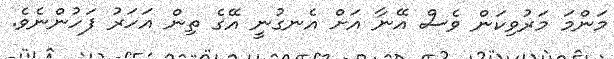
މަންމަ މަރުވިކަން ވެސް އޭނާ އަށް އެނގުނީ އޭގެ ތިން އަހަރު ފަހުންނެވެ.